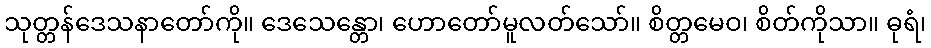
သုတ္တန်ဒေသနာတော်ကို။ ဒေသေန္တော၊ ဟောတော်မူလတ်သော်။ စိတ္တမေဝ၊ စိတ်ကိုသာ။ ဓုရံ၊